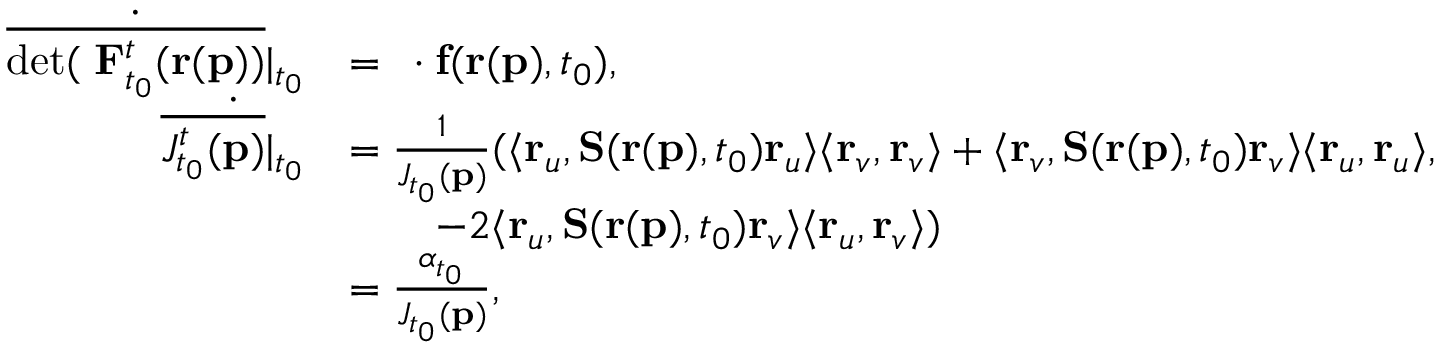
\begin{array} { r l } { \dot { \overline { { \mathrm { d e t } ( \mathbf { \nabla } \mathbf { F } _ { t _ { 0 } } ^ { t } ( \mathbf { r } ( \mathbf { p } ) ) } } } \vert _ { t _ { 0 } } } & { = \mathbf { \nabla } \cdot \mathbf { f } ( \mathbf { r } ( \mathbf { p } ) , t _ { 0 } ) , } \\ { \dot { \overline { { J _ { t _ { 0 } } ^ { t } ( \mathbf { p } ) } } \vert _ { t _ { 0 } } } } & { = \frac { 1 } { J _ { t _ { 0 } } ( \mathbf { p } ) } ( \langle \mathbf { r } _ { u } , \mathbf { S } ( \mathbf { r } ( \mathbf { p } ) , t _ { 0 } ) \mathbf { r } _ { u } \rangle \langle \mathbf { r } _ { v } , \mathbf { r } _ { v } \rangle + \langle \mathbf { r } _ { v } , \mathbf { S } ( \mathbf { r } ( \mathbf { p } ) , t _ { 0 } ) \mathbf { r } _ { v } \rangle \langle \mathbf { r } _ { u } , \mathbf { r } _ { u } \rangle , } \\ & { \quad \ \ \ - 2 \langle \mathbf { r } _ { u } , \mathbf { S } ( \mathbf { r } ( \mathbf { p } ) , t _ { 0 } ) \mathbf { r } _ { v } \rangle \langle \mathbf { r } _ { u } , \mathbf { r } _ { v } \rangle ) } \\ & { = \frac { \alpha _ { t _ { 0 } } } { J _ { t _ { 0 } } ( \mathbf { p } ) } , } \end{array}